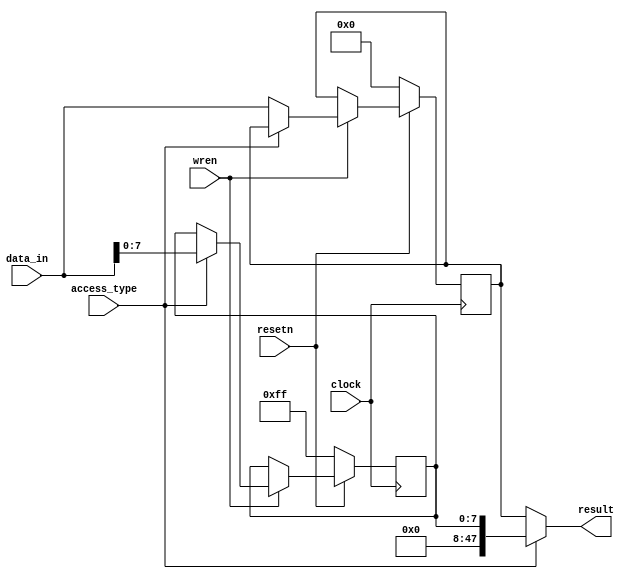
module data_registers(clock, access_type, data_in, wren, result, resetn);
	input clock, resetn;
	input access_type; //0: player values, 1: blockchain
	input [47:0] data_in;
	input wren; //Write or read
	output [47:0] result;
	
	reg [47:0] transaction_data;
	reg [7:0] previous_hash;
	
	always @(posedge clock) begin
		if (!resetn) begin
			transaction_data <= 48'b0;
			previous_hash <= 8'b11111111;
		end
		else if (wren) begin
			if (access_type) begin
				previous_hash <= data_in[7:0];
			end
			else begin
				transaction_data <= data_in;
			end
		end
	end
	
	assign result = (access_type) ? {40'b0, previous_hash} : transaction_data;
endmodule